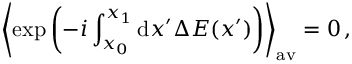
\left\langle \exp \left( - i \int _ { x _ { 0 } } ^ { x _ { 1 } } \mathrm { d } x ^ { \prime } \Delta E ( x ^ { \prime } ) \right) \right\rangle _ { \mathrm { a v } } = 0 \, ,